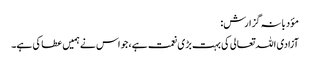
مؤدبانہ گزارش:
آزادی اللہ تعالی کی بہت بڑی نعمت ہے، جو اس نے ہمیں عطا کی ہے۔